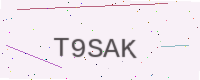
Text: T9SAK